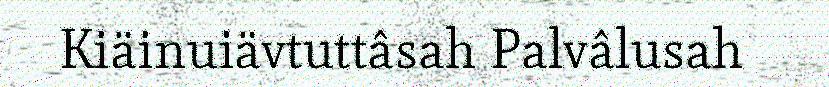
Kiäinuiävtuttâsah Palvâlusah